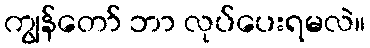
ကျွန်တော် ဘာ လုပ်ပေးရမလဲ။